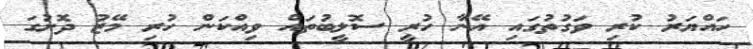
ހައްޔަރު ކުރި ވަގުތުގައި އޭނާ ހުރީ ސޮލީބުތައް ވިއްކަން ހުރި މޭޒު ދޮށުގަ